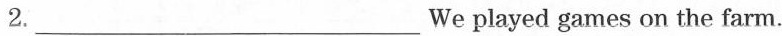
2. ___ We played games on the farm.